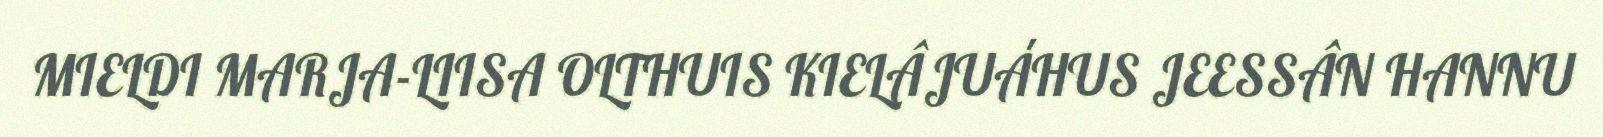
MIELDI MARJA-LIISA OLTHUIS KIELÂJUÁHUS JEESSÂN HANNU